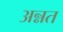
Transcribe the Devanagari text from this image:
अन्नत